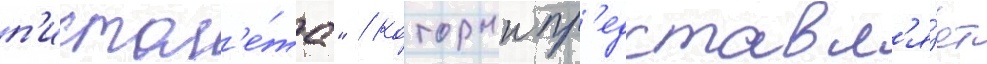
п'истол'е́та" / которыи пр'едставл'я́ет